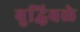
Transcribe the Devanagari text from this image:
बुद्धिबळे